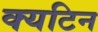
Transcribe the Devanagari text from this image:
क्यटिन